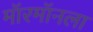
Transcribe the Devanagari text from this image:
मॉरमॉनला